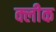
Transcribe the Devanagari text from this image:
क्लीक